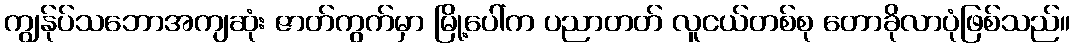
ကျွန်ုပ်သဘောအကျဆုံး ဇာတ်ကွက်မှာ မြို့ပေါ်က ပညာတတ် လူငယ်တစ်စု တောခိုလာပုံဖြစ်သည်။